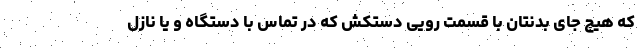
که هیچ جای بدنتان با قسمت رویی دستکش که در تماس با دستگاه و یا نازل